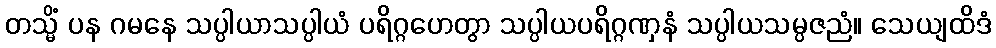
တသ္မိံ ပန ဂမနေ သပ္ပါယာသပ္ပါယံ ပရိဂ္ဂဟေတွာ သပ္ပါယပရိဂ္ဂဏှနံ သပ္ပါယသမ္ပဇညံ။ သေယျထိဒံ